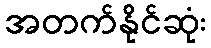
အတက်နိုင်ဆုံး